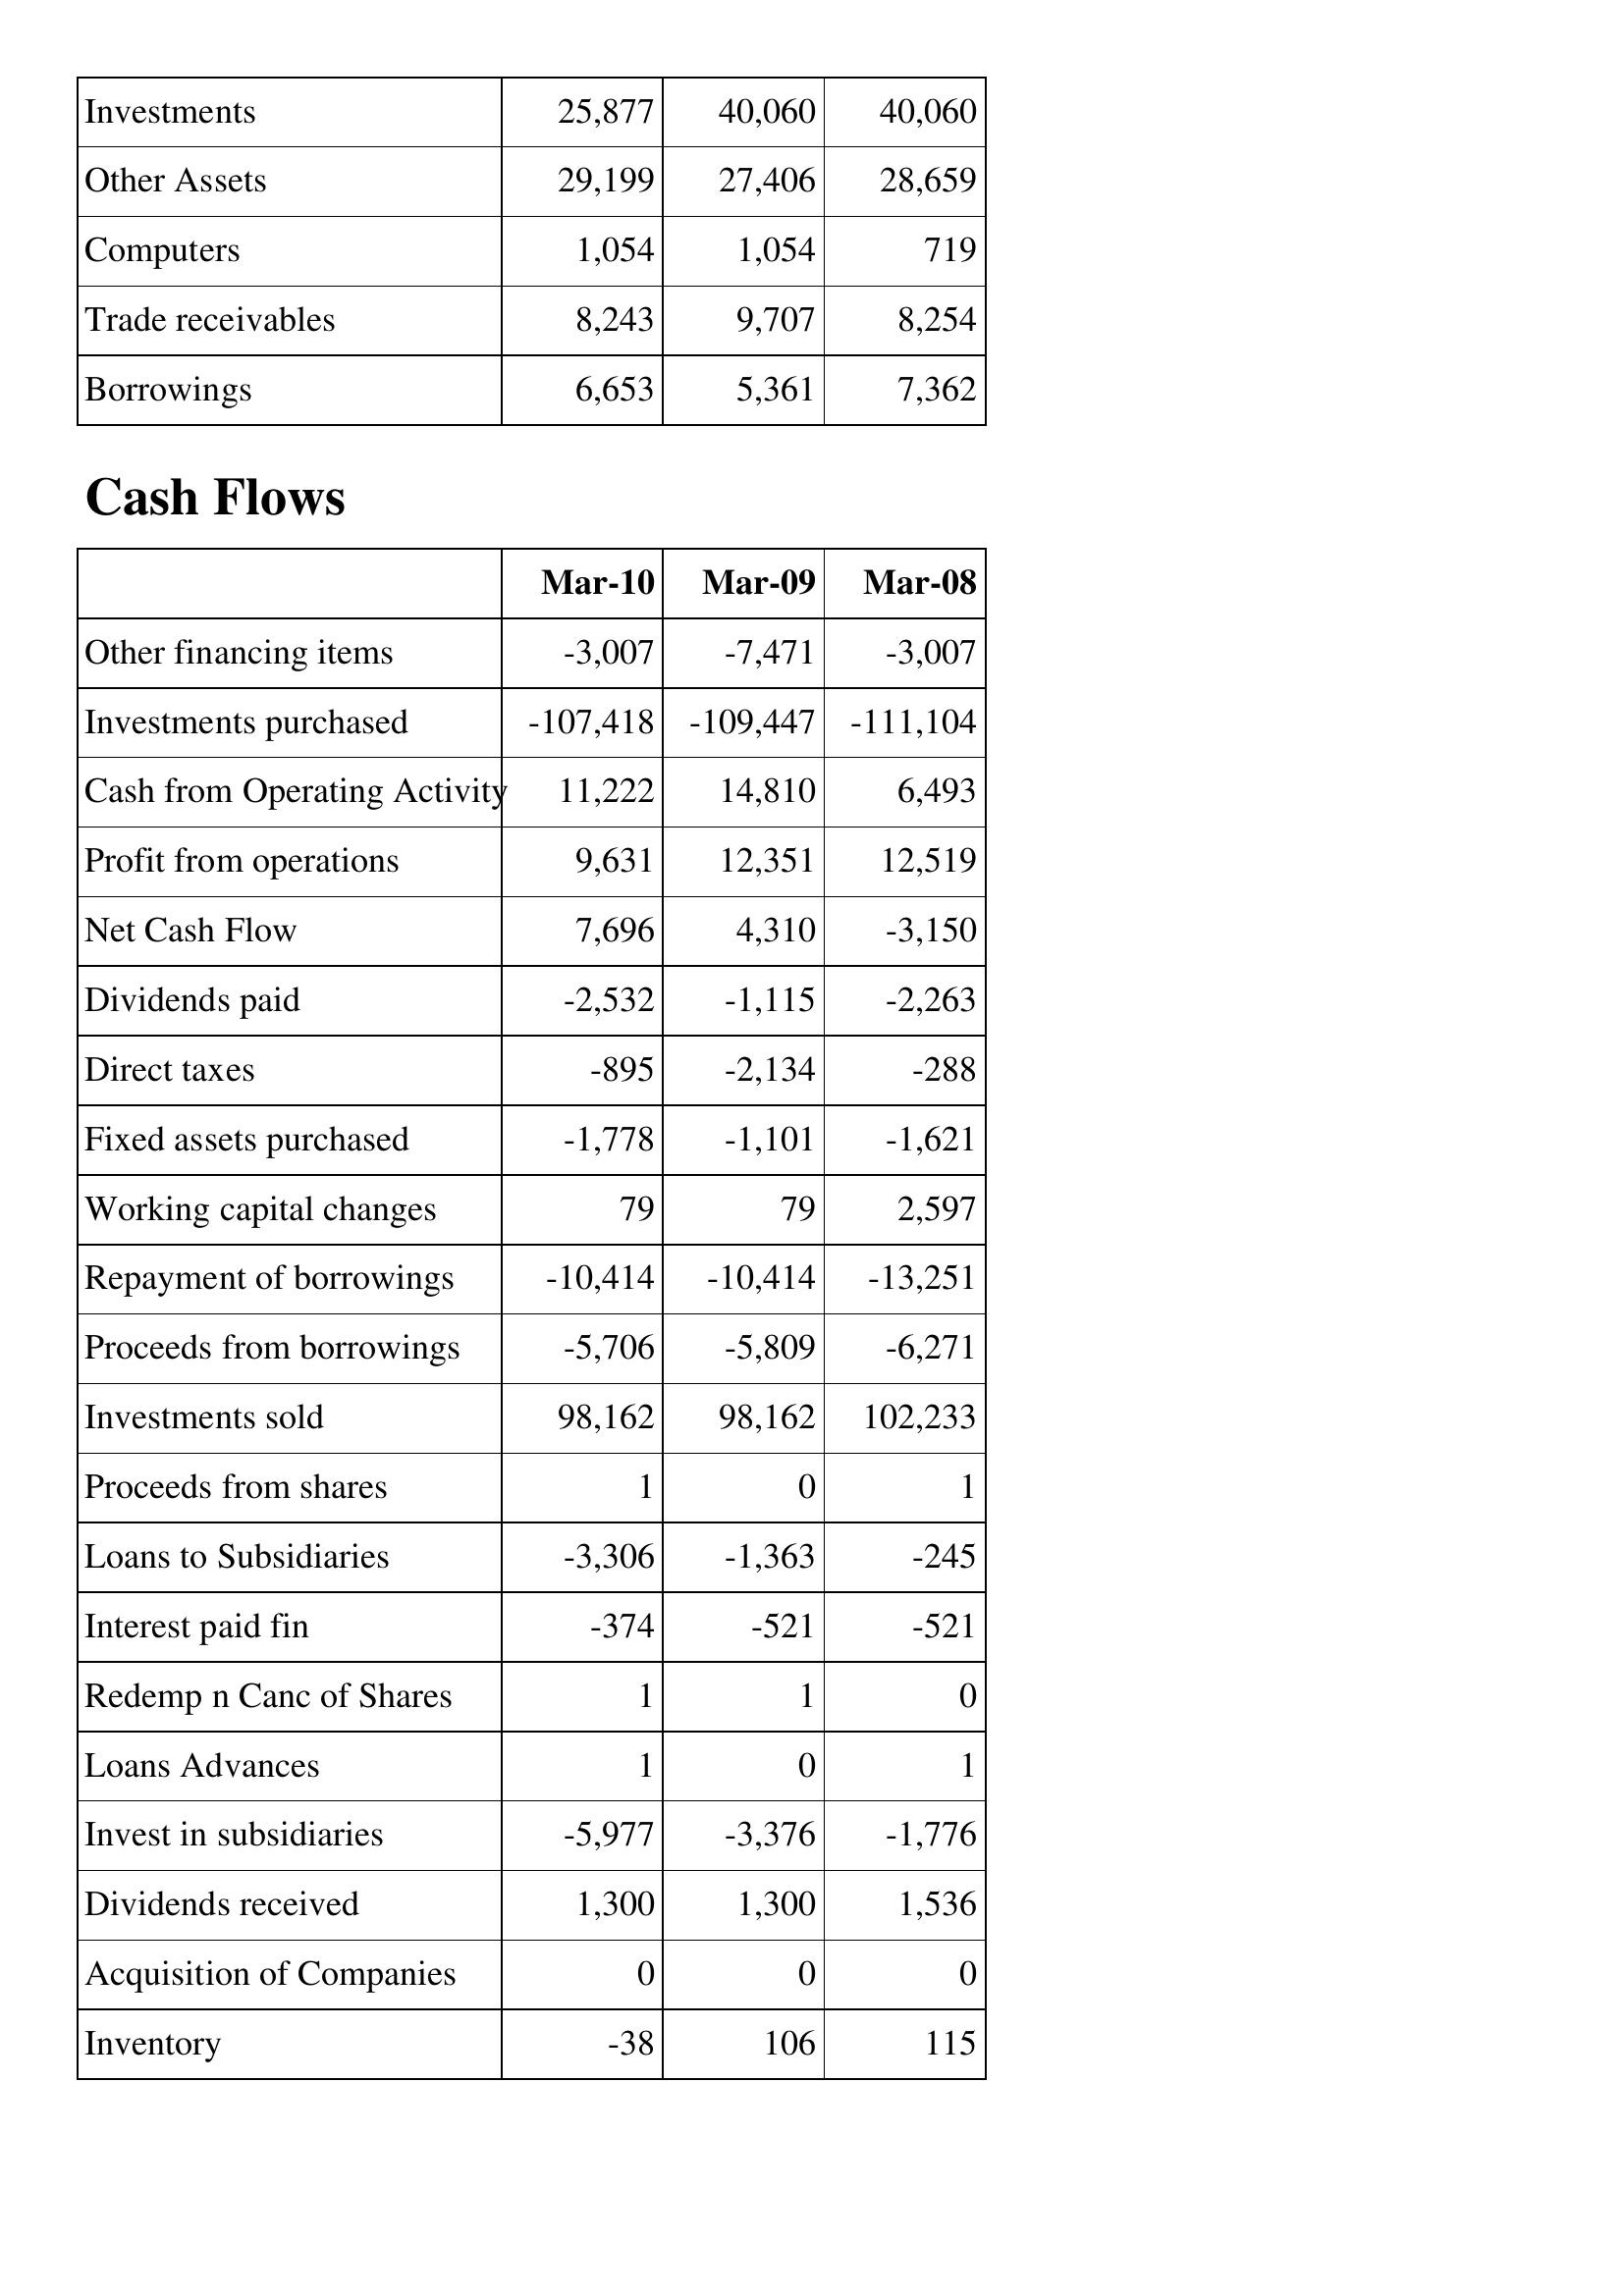
Mar-10: Balance Sheet: Investments: 25,877
Other Assets: 29,199
Computers: 1,054
Trade receivables: 8,243
Borrowings: 6,653
Cash Flows: Other financing items: -3,007
Investments purchased: -107,418
Cash from Operating Activity: 11,222
Profit from operations: 9,631
Net Cash Flow: 7,696
Dividends paid: -2,532
Direct taxes: -895
Fixed assets purchased: -1,778
Working capital changes: 79
Repayment of borrowings: -10,414
Proceeds from borrowings: -5,706
Investments sold: 98,162
Proceeds from shares: 1
Loans to Subsidiaries: -3,306
Interest paid fin: -374
Redemp n Canc of Shares: 1
Loans Advances: 1
Invest in subsidiaries: -5,977
Dividends received: 1,300
Acquisition of Companies: 0
Inventory: -38
Mar-09: Balance Sheet: Investments: 40,060
Other Assets: 27,406
Computers: 1,054
Trade receivables: 9,707
Borrowings: 5,361
Cash Flows: Other financing items: -7,471
Investments purchased: -109,447
Cash from Operating Activity: 14,810
Profit from operations: 12,351
Net Cash Flow: 4,310
Dividends paid: -1,115
Direct taxes: -2,134
Fixed assets purchased: -1,101
Working capital changes: 79
Repayment of borrowings: -10,414
Proceeds from borrowings: -5,809
Investments sold: 98,162
Proceeds from shares: 0
Loans to Subsidiaries: -1,363
Interest paid fin: -521
Redemp n Canc of Shares: 1
Loans Advances: 0
Invest in subsidiaries: -3,376
Dividends received: 1,300
Acquisition of Companies: 0
Inventory: 106
Mar-08: Balance Sheet: Investments: 40,060
Other Assets: 28,659
Computers: 719
Trade receivables: 8,254
Borrowings: 7,362
Cash Flows: Other financing items: -3,007
Investments purchased: -111,104
Cash from Operating Activity: 6,493
Profit from operations: 12,519
Net Cash Flow: -3,150
Dividends paid: -2,263
Direct taxes: -288
Fixed assets purchased: -1,621
Working capital changes: 2,597
Repayment of borrowings: -13,251
Proceeds from borrowings: -6,271
Investments sold: 102,233
Proceeds from shares: 1
Loans to Subsidiaries: -245
Interest paid fin: -521
Redemp n Canc of Shares: 0
Loans Advances: 1
Invest in subsidiaries: -1,776
Dividends received: 1,536
Acquisition of Companies: 0
Inventory: 115